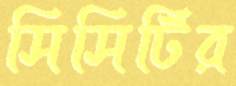
সিসিটির